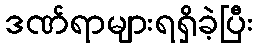
ဒဏ်ရာများရရှိခဲ့ပြီး